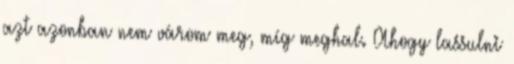
azt azonban nem várom meg, míg meghal. Ahogy lassulni